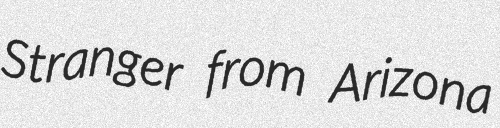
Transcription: Stranger from Arizona